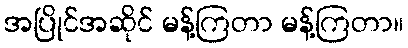
အပြိုင်အဆိုင် မန့်ကြတာ မန့်ကြတာ။